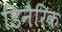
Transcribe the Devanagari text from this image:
डिनैरिक